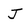
Character: J